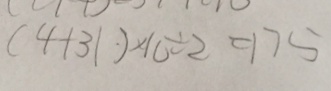
( 4 + 3 1 ) \times 1 0 \div 2 = 1 7 5